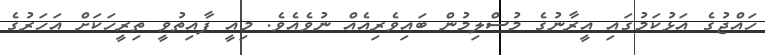
ހައްޖުގެ އަޅުކަމުގައި އީރާނުގެ މުސްލިމުން ބައިވެރިއެއް ނުވެއެވެ. މިއީ ފާއިތުވީ ތިރީހަކަށް އަހަރުގެ